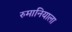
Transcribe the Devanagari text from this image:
रुमानियाला